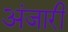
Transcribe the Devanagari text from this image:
अंजारी